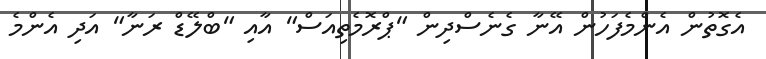
އެގޮތުން އެންމެފަހުން އޭނާ ގެނެސްދިން "ޕްރޮމެތިއަސް" އާއި "ބްލޭޑް ރަނާ" އަދި އެންމެ